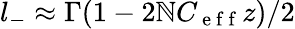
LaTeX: l_{-}\approx\Gamma(1-2\mathbb{N}C_{\mathrm{{~e~f~f~}}}z)/2